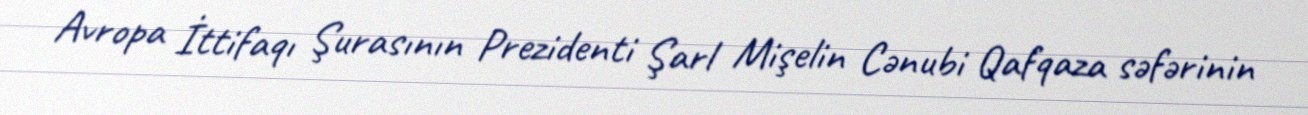
Avropa İttifaqı Şurasının Prezidenti Şarl Mişelin Cənubi Qafqaza səfərinin